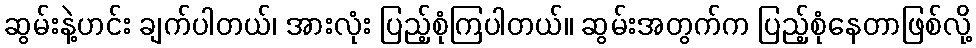
ဆွမ်းနဲ့ဟင်း ချက်ပါတယ်၊ အားလုံး ပြည့်စုံကြပါတယ်။ ဆွမ်းအတွက်က ပြည့်စုံနေတာဖြစ်လို့